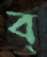
ব্